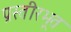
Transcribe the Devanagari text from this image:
प्रस्तीरभूत